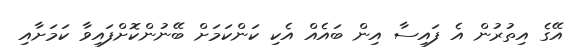
އޭގެ އިތުރުން އެ ފައިސާ އިން ބައެއް އެކި ކަންކަމަށް ބޭނުންކޮށްފައިވާ ކަމަށާއި